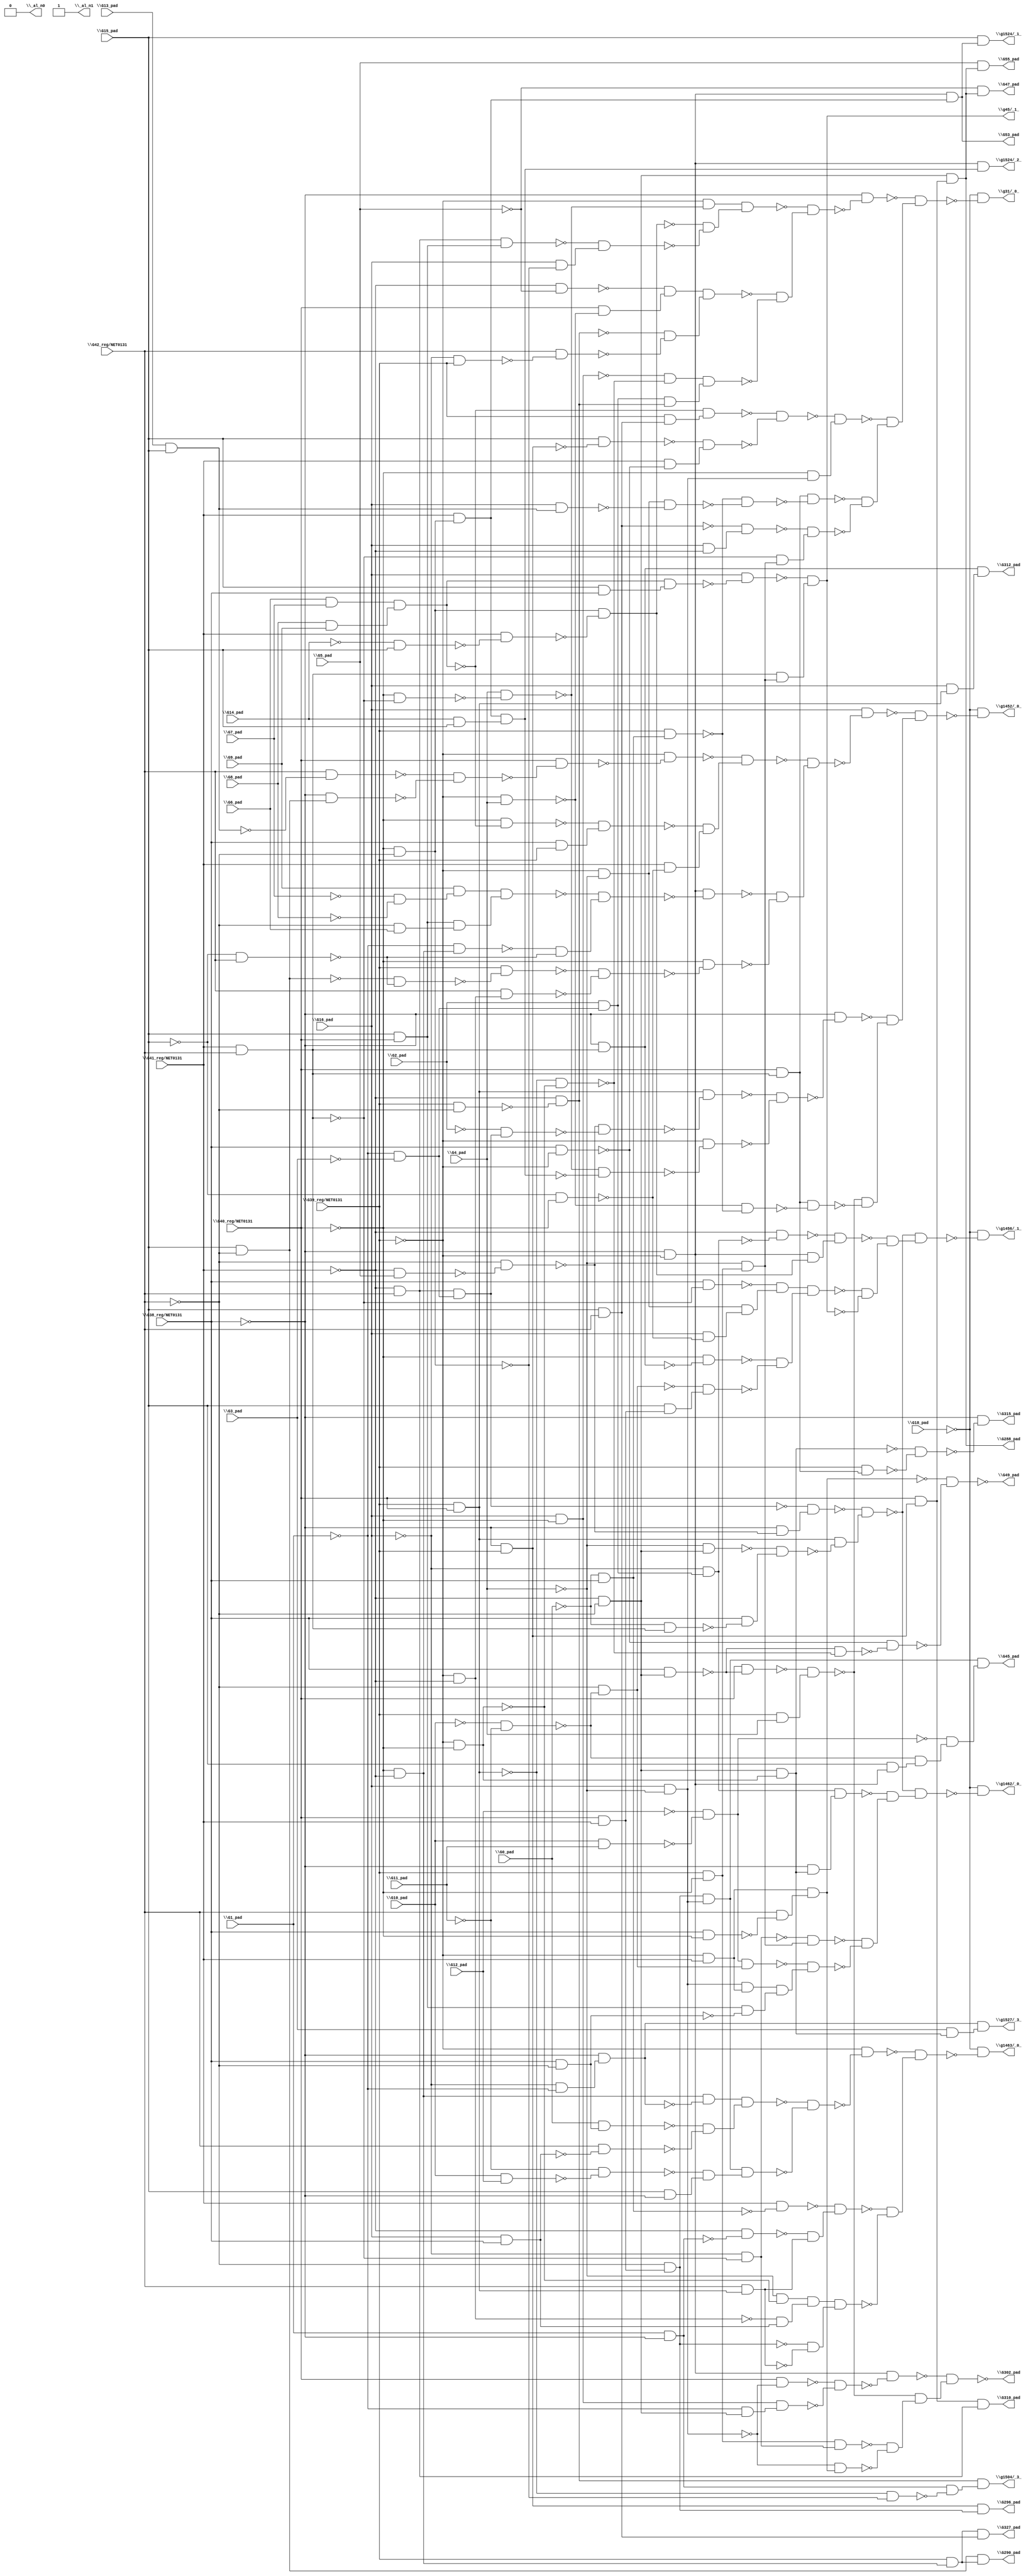
module top( \G0_pad  , \G10_pad  , \G11_pad  , \G12_pad  , \G13_pad  , \G14_pad  , \G15_pad  , \G16_pad  , \G18_pad  , \G1_pad  , \G2_pad  , \G38_reg/NET0131  , \G39_reg/NET0131  , \G3_pad  , \G40_reg/NET0131  , \G41_reg/NET0131  , \G42_reg/NET0131  , \G4_pad  , \G5_pad  , \G6_pad  , \G7_pad  , \G8_pad  , \G9_pad  , \G288_pad  , \G290_pad  , \G296_pad  , \G302_pad  , \G310_pad  , \G312_pad  , \G315_pad  , \G327_pad  , \G45_pad  , \G47_pad  , \G49_pad  , \G53_pad  , \G55_pad  , \_al_n0  , \_al_n1  , \g1452/_0_  , \g1456/_1_  , \g1462/_0_  , \g1463/_0_  , \g1504/_3_  , \g1524/_1_  , \g1524/_2_  , \g1527/_3_  , \g31/_0_  , \g45/_1_  );
  input \G0_pad  ;
  input \G10_pad  ;
  input \G11_pad  ;
  input \G12_pad  ;
  input \G13_pad  ;
  input \G14_pad  ;
  input \G15_pad  ;
  input \G16_pad  ;
  input \G18_pad  ;
  input \G1_pad  ;
  input \G2_pad  ;
  input \G38_reg/NET0131  ;
  input \G39_reg/NET0131  ;
  input \G3_pad  ;
  input \G40_reg/NET0131  ;
  input \G41_reg/NET0131  ;
  input \G42_reg/NET0131  ;
  input \G4_pad  ;
  input \G5_pad  ;
  input \G6_pad  ;
  input \G7_pad  ;
  input \G8_pad  ;
  input \G9_pad  ;
  output \G288_pad  ;
  output \G290_pad  ;
  output \G296_pad  ;
  output \G302_pad  ;
  output \G310_pad  ;
  output \G312_pad  ;
  output \G315_pad  ;
  output \G327_pad  ;
  output \G45_pad  ;
  output \G47_pad  ;
  output \G49_pad  ;
  output \G53_pad  ;
  output \G55_pad  ;
  output \_al_n0  ;
  output \_al_n1  ;
  output \g1452/_0_  ;
  output \g1456/_1_  ;
  output \g1462/_0_  ;
  output \g1463/_0_  ;
  output \g1504/_3_  ;
  output \g1524/_1_  ;
  output \g1524/_2_  ;
  output \g1527/_3_  ;
  output \g31/_0_  ;
  output \g45/_1_  ;
  wire n24 , n25 , n26 , n27 , n28 , n29 , n30 , n31 , n32 , n33 , n34 , n35 , n36 , n37 , n38 , n39 , n40 , n41 , n42 , n43 , n44 , n45 , n46 , n47 , n48 , n49 , n50 , n51 , n52 , n53 , n54 , n55 , n56 , n57 , n58 , n59 , n60 , n61 , n62 , n63 , n64 , n65 , n66 , n67 , n68 , n69 , n70 , n71 , n72 , n73 , n74 , n75 , n76 , n77 , n78 , n79 , n80 , n81 , n82 , n83 , n84 , n85 , n86 , n87 , n88 , n89 , n90 , n91 , n92 , n93 , n94 , n95 , n96 , n97 , n98 , n99 , n100 , n101 , n102 , n103 , n104 , n105 , n106 , n107 , n108 , n109 , n110 , n111 , n112 , n113 , n114 , n115 , n116 , n117 , n118 , n119 , n120 , n121 , n122 , n123 , n124 , n125 , n126 , n127 , n128 , n129 , n130 , n131 , n132 , n133 , n134 , n135 , n136 , n137 , n138 , n139 , n140 , n141 , n142 , n143 , n144 , n145 , n146 , n147 , n148 , n149 , n150 , n151 , n152 , n153 , n154 , n155 , n156 , n157 , n158 , n159 , n160 , n161 , n162 , n163 , n164 , n165 , n166 , n167 , n168 , n169 , n170 , n171 , n172 , n173 , n174 , n175 , n176 , n177 , n178 , n179 , n180 , n181 , n182 , n183 , n184 , n185 , n186 , n187 , n188 , n189 , n190 , n191 , n192 , n193 , n194 , n195 , n196 , n197 , n198 , n199 , n200 , n201 , n202 , n203 , n204 , n205 , n206 , n207 , n208 , n209 , n210 , n211 , n212 , n213 , n214 , n215 , n216 , n217 , n218 , n219 , n220 , n221 , n222 , n223 , n224 , n225 , n226 , n227 , n228 , n229 , n230 , n231 , n232 , n233 , n234 , n235 , n236 , n237 , n238 , n239 , n240 , n241 , n242 , n243 , n244 , n245 , n246 , n247 , n248 , n249 , n250 , n251 , n252 , n253 , n254 , n255 , n256 , n257 , n258 , n259 , n260 , n261 , n262 , n263 , n264 , n265 , n266 , n267 , n268 , n269 , n270 , n271 , n272 , n273 , n274 , n275 , n276 , n277 ;
  assign n24 = ~\G41_reg/NET0131  & ~\G42_reg/NET0131  ;
  assign n25 = ~\G38_reg/NET0131  & \G39_reg/NET0131  ;
  assign n26 = \G40_reg/NET0131  & n25 ;
  assign n27 = n24 & n26 ;
  assign n28 = \G15_pad  & ~\G42_reg/NET0131  ;
  assign n29 = ~\G40_reg/NET0131  & ~\G41_reg/NET0131  ;
  assign n30 = \G39_reg/NET0131  & n29 ;
  assign n31 = n28 & n30 ;
  assign n32 = \G40_reg/NET0131  & \G41_reg/NET0131  ;
  assign n33 = ~\G42_reg/NET0131  & n32 ;
  assign n34 = n25 & n33 ;
  assign n39 = ~\G38_reg/NET0131  & ~\G39_reg/NET0131  ;
  assign n40 = \G16_pad  & ~\G4_pad  ;
  assign n41 = \G40_reg/NET0131  & ~n40 ;
  assign n42 = \G16_pad  & ~\G40_reg/NET0131  ;
  assign n43 = ~\G1_pad  & n24 ;
  assign n44 = n42 & n43 ;
  assign n45 = ~n41 & ~n44 ;
  assign n46 = n39 & ~n45 ;
  assign n52 = \G38_reg/NET0131  & n24 ;
  assign n53 = \G40_reg/NET0131  & ~n52 ;
  assign n54 = \G39_reg/NET0131  & \G4_pad  ;
  assign n55 = ~n53 & n54 ;
  assign n35 = \G39_reg/NET0131  & ~\G40_reg/NET0131  ;
  assign n36 = \G41_reg/NET0131  & \G42_reg/NET0131  ;
  assign n37 = ~\G16_pad  & ~n36 ;
  assign n38 = n35 & n37 ;
  assign n48 = ~\G39_reg/NET0131  & \G41_reg/NET0131  ;
  assign n47 = \G38_reg/NET0131  & ~\G40_reg/NET0131  ;
  assign n49 = \G42_reg/NET0131  & ~n47 ;
  assign n50 = n48 & n49 ;
  assign n51 = ~n40 & n50 ;
  assign n56 = ~n38 & ~n51 ;
  assign n57 = ~n55 & n56 ;
  assign n58 = ~n46 & n57 ;
  assign n59 = ~\G41_reg/NET0131  & \G42_reg/NET0131  ;
  assign n60 = n26 & n59 ;
  assign n62 = ~\G38_reg/NET0131  & n36 ;
  assign n61 = \G39_reg/NET0131  & \G40_reg/NET0131  ;
  assign n63 = \G16_pad  & n61 ;
  assign n64 = n62 & n63 ;
  assign n65 = ~\G39_reg/NET0131  & ~\G40_reg/NET0131  ;
  assign n66 = n24 & n65 ;
  assign n67 = \G40_reg/NET0131  & n36 ;
  assign n68 = \G39_reg/NET0131  & n67 ;
  assign n69 = ~n66 & ~n68 ;
  assign n70 = ~\G38_reg/NET0131  & ~n69 ;
  assign n71 = \G15_pad  & \G42_reg/NET0131  ;
  assign n72 = n30 & n71 ;
  assign n75 = n33 & n40 ;
  assign n73 = \G10_pad  & \G11_pad  ;
  assign n74 = ~\G12_pad  & ~n73 ;
  assign n76 = ~\G10_pad  & ~\G11_pad  ;
  assign n77 = \G15_pad  & n39 ;
  assign n78 = ~n76 & n77 ;
  assign n79 = ~n74 & n78 ;
  assign n80 = n75 & n79 ;
  assign n81 = ~\G5_pad  & n27 ;
  assign n82 = \G38_reg/NET0131  & ~\G39_reg/NET0131  ;
  assign n83 = ~n61 & ~n65 ;
  assign n84 = ~n52 & ~n83 ;
  assign n85 = ~n82 & ~n84 ;
  assign n86 = ~n50 & ~n85 ;
  assign n87 = ~\G40_reg/NET0131  & ~\G42_reg/NET0131  ;
  assign n88 = \G41_reg/NET0131  & n87 ;
  assign n89 = n39 & n88 ;
  assign n90 = \G5_pad  & n27 ;
  assign n91 = \G13_pad  & \G15_pad  ;
  assign n92 = \G42_reg/NET0131  & ~n91 ;
  assign n93 = ~\G38_reg/NET0131  & n28 ;
  assign n94 = ~n92 & ~n93 ;
  assign n95 = \G40_reg/NET0131  & ~n94 ;
  assign n96 = ~\G39_reg/NET0131  & ~n95 ;
  assign n97 = \G6_pad  & \G7_pad  ;
  assign n98 = \G8_pad  & \G9_pad  ;
  assign n99 = n97 & n98 ;
  assign n100 = ~\G40_reg/NET0131  & ~n99 ;
  assign n101 = \G38_reg/NET0131  & \G39_reg/NET0131  ;
  assign n102 = ~n100 & n101 ;
  assign n103 = ~\G15_pad  & ~\G40_reg/NET0131  ;
  assign n104 = \G41_reg/NET0131  & ~n103 ;
  assign n105 = ~n102 & n104 ;
  assign n106 = ~n96 & n105 ;
  assign n111 = ~\G7_pad  & ~\G8_pad  ;
  assign n112 = \G9_pad  & n111 ;
  assign n109 = \G15_pad  & \G40_reg/NET0131  ;
  assign n110 = ~\G42_reg/NET0131  & \G6_pad  ;
  assign n113 = n109 & n110 ;
  assign n114 = n112 & n113 ;
  assign n107 = ~\G1_pad  & n29 ;
  assign n108 = ~\G15_pad  & \G42_reg/NET0131  ;
  assign n115 = ~n107 & ~n108 ;
  assign n116 = ~n114 & n115 ;
  assign n117 = n39 & ~n116 ;
  assign n118 = ~n28 & ~n108 ;
  assign n119 = \G39_reg/NET0131  & ~n118 ;
  assign n120 = ~\G39_reg/NET0131  & ~\G41_reg/NET0131  ;
  assign n121 = \G42_reg/NET0131  & n120 ;
  assign n122 = ~n119 & ~n121 ;
  assign n123 = ~\G40_reg/NET0131  & ~n122 ;
  assign n124 = ~n117 & ~n123 ;
  assign n125 = ~n106 & n124 ;
  assign n126 = \G16_pad  & ~n125 ;
  assign n127 = ~\G41_reg/NET0131  & \G5_pad  ;
  assign n128 = ~\G42_reg/NET0131  & ~n127 ;
  assign n129 = ~\G1_pad  & ~\G3_pad  ;
  assign n130 = n59 & n129 ;
  assign n131 = ~\G2_pad  & n130 ;
  assign n132 = ~n128 & ~n131 ;
  assign n133 = n61 & ~n132 ;
  assign n134 = ~\G40_reg/NET0131  & ~n36 ;
  assign n135 = \G4_pad  & ~n134 ;
  assign n136 = \G14_pad  & \G15_pad  ;
  assign n137 = n88 & n136 ;
  assign n138 = ~n135 & ~n137 ;
  assign n139 = ~\G39_reg/NET0131  & ~n138 ;
  assign n140 = ~n133 & ~n139 ;
  assign n141 = ~\G38_reg/NET0131  & ~n140 ;
  assign n142 = ~\G39_reg/NET0131  & \G4_pad  ;
  assign n143 = ~\G0_pad  & \G38_reg/NET0131  ;
  assign n144 = \G39_reg/NET0131  & n143 ;
  assign n145 = ~n142 & ~n144 ;
  assign n146 = n67 & ~n145 ;
  assign n147 = ~n55 & ~n146 ;
  assign n148 = ~n141 & n147 ;
  assign n149 = ~n126 & n148 ;
  assign n150 = ~\G18_pad  & ~n149 ;
  assign n172 = ~\G38_reg/NET0131  & ~n128 ;
  assign n173 = ~n130 & n172 ;
  assign n169 = ~\G4_pad  & n24 ;
  assign n168 = ~\G0_pad  & n36 ;
  assign n170 = \G38_reg/NET0131  & ~n168 ;
  assign n171 = ~n169 & n170 ;
  assign n174 = n61 & ~n171 ;
  assign n175 = ~n173 & n174 ;
  assign n176 = \G2_pad  & n129 ;
  assign n177 = ~\G16_pad  & n176 ;
  assign n178 = ~\G41_reg/NET0131  & ~n177 ;
  assign n179 = ~\G14_pad  & \G15_pad  ;
  assign n180 = \G41_reg/NET0131  & ~n179 ;
  assign n181 = n87 & ~n180 ;
  assign n182 = n39 & n181 ;
  assign n183 = ~n178 & n182 ;
  assign n152 = \G38_reg/NET0131  & ~n36 ;
  assign n153 = ~\G39_reg/NET0131  & ~\G4_pad  ;
  assign n157 = \G16_pad  & ~n103 ;
  assign n158 = n153 & n157 ;
  assign n159 = ~n152 & n158 ;
  assign n151 = ~\G40_reg/NET0131  & ~n62 ;
  assign n154 = ~\G42_reg/NET0131  & ~n76 ;
  assign n155 = \G15_pad  & n32 ;
  assign n156 = ~n154 & n155 ;
  assign n160 = ~n151 & ~n156 ;
  assign n161 = n159 & n160 ;
  assign n162 = \G15_pad  & \G38_reg/NET0131  ;
  assign n163 = n99 & n162 ;
  assign n164 = \G16_pad  & ~n163 ;
  assign n165 = ~\G4_pad  & n35 ;
  assign n166 = n36 & n165 ;
  assign n167 = ~n164 & n166 ;
  assign n184 = ~n161 & ~n167 ;
  assign n185 = ~n183 & n184 ;
  assign n186 = ~n175 & n185 ;
  assign n187 = ~\G18_pad  & ~n186 ;
  assign n195 = ~\G38_reg/NET0131  & n66 ;
  assign n196 = n177 & n195 ;
  assign n188 = ~n37 & n165 ;
  assign n189 = n74 & n154 ;
  assign n191 = n40 & n48 ;
  assign n190 = \G38_reg/NET0131  & ~\G42_reg/NET0131  ;
  assign n192 = n109 & ~n190 ;
  assign n193 = n191 & n192 ;
  assign n194 = ~n189 & n193 ;
  assign n197 = ~n188 & ~n194 ;
  assign n198 = ~n196 & n197 ;
  assign n199 = ~n175 & n198 ;
  assign n200 = ~\G18_pad  & ~n199 ;
  assign n201 = ~\G16_pad  & ~\G1_pad  ;
  assign n202 = ~\G38_reg/NET0131  & n201 ;
  assign n206 = n29 & ~n202 ;
  assign n203 = \G0_pad  & n190 ;
  assign n204 = \G16_pad  & \G38_reg/NET0131  ;
  assign n205 = \G42_reg/NET0131  & ~n204 ;
  assign n207 = ~n203 & ~n205 ;
  assign n208 = n206 & n207 ;
  assign n209 = \G10_pad  & \G12_pad  ;
  assign n210 = ~\G11_pad  & ~n209 ;
  assign n211 = \G15_pad  & ~\G38_reg/NET0131  ;
  assign n212 = ~n210 & n211 ;
  assign n213 = n75 & n212 ;
  assign n214 = ~n208 & ~n213 ;
  assign n215 = ~\G39_reg/NET0131  & ~n214 ;
  assign n219 = \G41_reg/NET0131  & ~n143 ;
  assign n216 = \G1_pad  & ~\G38_reg/NET0131  ;
  assign n217 = ~\G41_reg/NET0131  & ~n216 ;
  assign n218 = \G42_reg/NET0131  & n61 ;
  assign n220 = ~n217 & n218 ;
  assign n221 = ~n219 & n220 ;
  assign n222 = ~\G4_pad  & ~n65 ;
  assign n223 = ~n120 & n204 ;
  assign n224 = n222 & n223 ;
  assign n225 = ~n33 & ~n218 ;
  assign n226 = n224 & n225 ;
  assign n227 = ~n221 & ~n226 ;
  assign n228 = ~n215 & n227 ;
  assign n229 = ~\G18_pad  & ~n228 ;
  assign n231 = \G39_reg/NET0131  & ~\G42_reg/NET0131  ;
  assign n232 = ~\G41_reg/NET0131  & ~n231 ;
  assign n230 = ~n61 & ~n87 ;
  assign n233 = n216 & ~n230 ;
  assign n234 = n232 & n233 ;
  assign n235 = \G15_pad  & n89 ;
  assign n236 = n39 & n137 ;
  assign n237 = \G3_pad  & n66 ;
  assign n238 = n202 & n237 ;
  assign n252 = ~\G39_reg/NET0131  & ~n135 ;
  assign n249 = n59 & n109 ;
  assign n250 = \G16_pad  & ~n87 ;
  assign n251 = ~n249 & n250 ;
  assign n253 = ~n181 & ~n251 ;
  assign n254 = n252 & n253 ;
  assign n239 = ~\G41_reg/NET0131  & ~\G5_pad  ;
  assign n242 = \G40_reg/NET0131  & ~n142 ;
  assign n243 = ~n239 & n242 ;
  assign n240 = ~\G16_pad  & \G39_reg/NET0131  ;
  assign n241 = \G42_reg/NET0131  & ~n240 ;
  assign n244 = ~n232 & ~n241 ;
  assign n245 = n243 & n244 ;
  assign n246 = ~n42 & ~n83 ;
  assign n247 = n176 & n232 ;
  assign n248 = n246 & n247 ;
  assign n255 = ~n245 & ~n248 ;
  assign n256 = ~n254 & n255 ;
  assign n257 = ~\G38_reg/NET0131  & ~n256 ;
  assign n266 = \G39_reg/NET0131  & n71 ;
  assign n267 = ~n99 & n266 ;
  assign n268 = \G15_pad  & ~n25 ;
  assign n269 = \G41_reg/NET0131  & ~n82 ;
  assign n270 = ~n268 & n269 ;
  assign n271 = ~n267 & ~n270 ;
  assign n272 = ~\G40_reg/NET0131  & n40 ;
  assign n273 = ~n271 & n272 ;
  assign n258 = \G16_pad  & n91 ;
  assign n259 = n153 & ~n258 ;
  assign n260 = ~n144 & ~n259 ;
  assign n261 = n67 & ~n260 ;
  assign n262 = \G16_pad  & ~\G41_reg/NET0131  ;
  assign n263 = ~n71 & n262 ;
  assign n264 = ~n36 & n165 ;
  assign n265 = ~n263 & n264 ;
  assign n274 = ~n261 & ~n265 ;
  assign n275 = ~n273 & n274 ;
  assign n276 = ~n257 & n275 ;
  assign n277 = ~\G18_pad  & ~n276 ;
  assign \G288_pad  = n27 ;
  assign \G290_pad  = n31 ;
  assign \G296_pad  = n34 ;
  assign \G302_pad  = ~n58 ;
  assign \G310_pad  = n60 ;
  assign \G312_pad  = n64 ;
  assign \G315_pad  = n70 ;
  assign \G327_pad  = n72 ;
  assign \G45_pad  = n80 ;
  assign \G47_pad  = n81 ;
  assign \G49_pad  = ~n86 ;
  assign \G53_pad  = n89 ;
  assign \G55_pad  = n90 ;
  assign \_al_n0  = 1'b0 ;
  assign \_al_n1  = ~1'b0 ;
  assign \g1452/_0_  = n150 ;
  assign \g1456/_1_  = n187 ;
  assign \g1462/_0_  = n200 ;
  assign \g1463/_0_  = n229 ;
  assign \g1504/_3_  = n234 ;
  assign \g1524/_1_  = n235 ;
  assign \g1524/_2_  = n236 ;
  assign \g1527/_3_  = n238 ;
  assign \g31/_0_  = n277 ;
  assign \g45/_1_  = n167 ;
endmodule